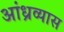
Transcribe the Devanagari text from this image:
आंध्रव्यास